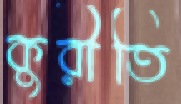
কুরীতি